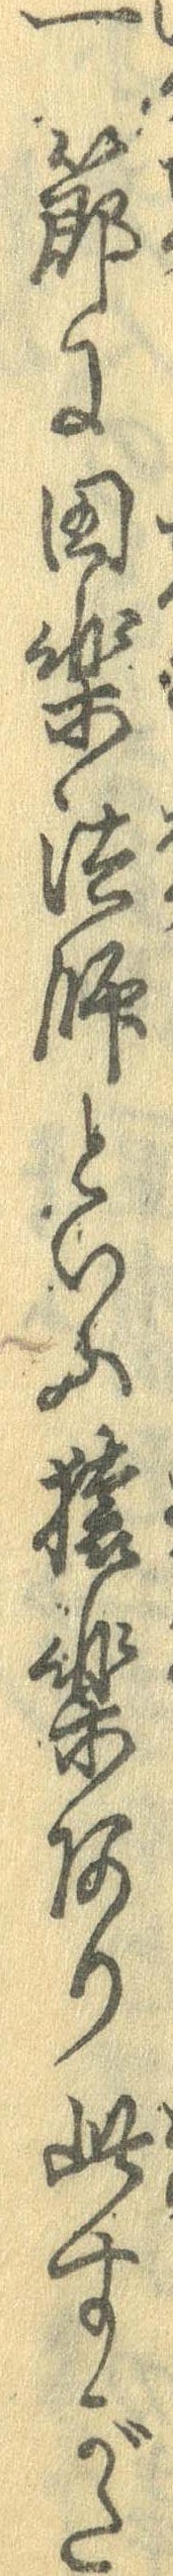
一節に田楽法師といふ猿楽あり此すがた